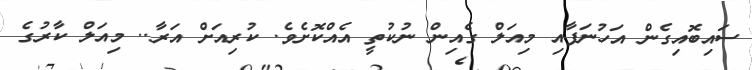
ސައިބޮއިގެން އަހުނަފާއި މިއަލް ގެއިން ނުކުތީ އެއްކޮށެވެ. ކުރިއަށް އަރާ.. މިއަލް ކާރުގެ